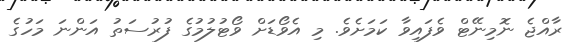
ރާއްޖެ ނޮމިނޭޓް ވެފައިވާ ކަމަށެވެ. މި އެވޯޑަށް ވޯޓުލުމުގެ ފުރުސަތު އަންނަ މަހުގެ